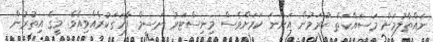
ނައްތާލުމަށް މަސައްކަތް ކުރަމުން އަންނަ ކަމަށްވެސް މިނިސްޓަރު ނަސީމް ފާހަގަކުރެއްވިއެވެ. މީގެ އިތުރުން